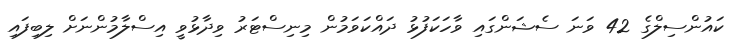
ކައުންސިލްގެ 42 ވަނަ ސެޝަންގައި ވާހަކަފުޅު ދައްކަވަމުން މިނިސްޓަރު ވިދާޅުވީ އިސްލާމުންނަށް ލިބިފައި